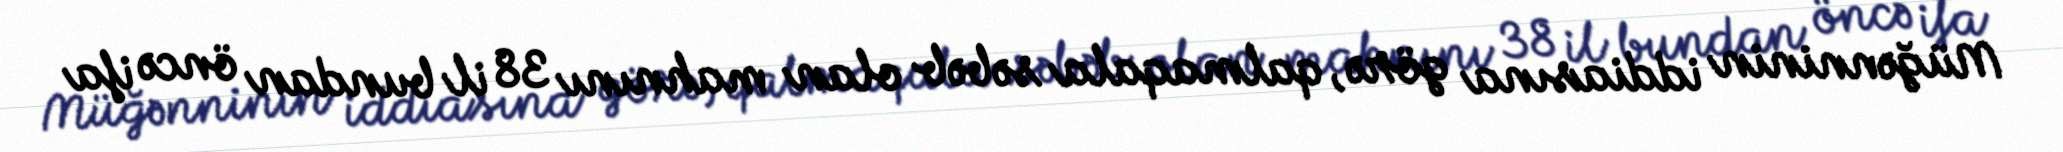
Müğənninin iddiasına görə, qalmaqala səbəb olan mahnını 38 il bundan öncə ifa